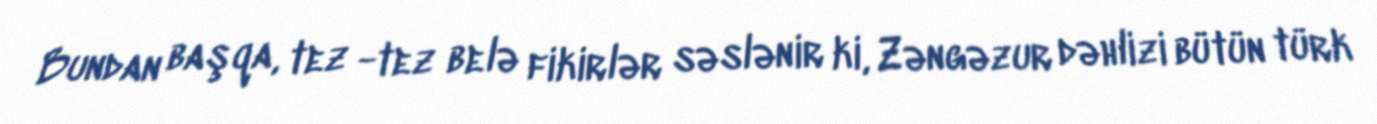
Bundan başqa, tez -tez belə fikirlər səslənir ki, Zəngəzur dəhlizi bütün türk